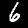
Digit: 6